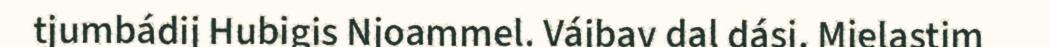
tjumbádij Hubigis Njoammel. Vájbav dal dási. Mielastim